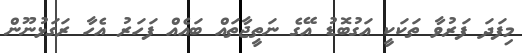
މިފަދަ ފަރުވާ ތަކަކީ އަގުބޮޑު އޭގެ ނަތީޖާތައް ބައެއް ފަަހަރު އެހާ ރަގަޅުނޫން